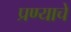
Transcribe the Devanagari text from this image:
प्रण्याचे